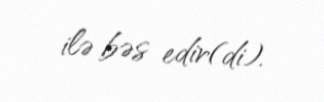
ilə bəs edir(di).